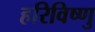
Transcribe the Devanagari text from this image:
हरिविष्णु